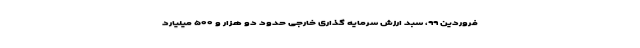
فروردین ٩٩، سبد ارزش سرمایه گذاری خارجی حدود دو هزار و ۵۰۰ میلیارد